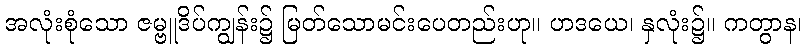
အလုံးစုံသော ဇမ္ဗူဒိပ်ကျွန်း၌ မြတ်သောမင်းပေတည်းဟု။ ဟဒယေ၊ နှလုံး၌။ ကတွာန၊